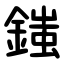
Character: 䥀